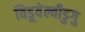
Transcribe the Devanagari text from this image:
विडूवेल्वीडुगु